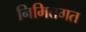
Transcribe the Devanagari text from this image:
निमित्तगत